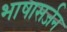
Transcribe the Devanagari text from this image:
भाषासर्जन